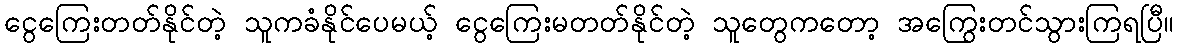
ငွေကြေးတတ်နိုင်တဲ့ သူကခံနိုင်ပေမယ့် ငွေကြေးမတတ်နိုင်တဲ့ သူတွေကတော့ အကြွေးတင်သွားကြရပြီ။